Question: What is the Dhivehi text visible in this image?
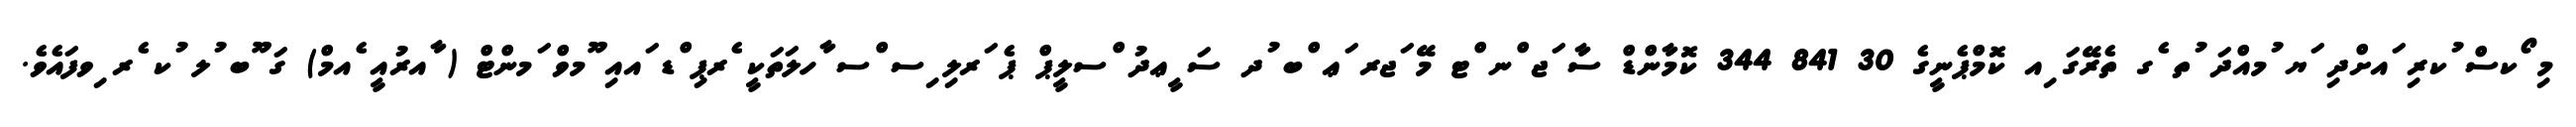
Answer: މި ޯކސް ުކރި ައށްދި ަޔ ުމއްދަ ުތ ެގ ތެރޭގަ ިއ ކޮމްޕެނީގެ 30 841 344 ކޮމާންޑް ސާ ަޖ ްނ ްޓ މޭ ަޖރ ަޢ ްބ ުދ ސަ ީޢދު ްސލީޕް ޕެ ަރލި ިސ ްސ ާހލަތަކީ ެރޕި ްޑ ައއި ޫމވް ަމންޓް ( ާއރުއީ ެއމް) ގަ ޫބ ުލ ުކ ެރ ިވފައެވެ.